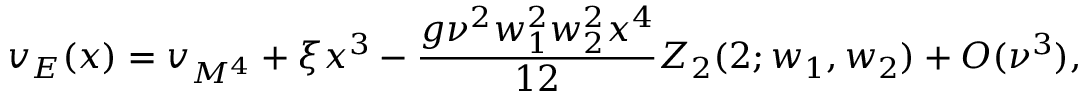
v _ { E } ( x ) = v _ { M ^ { 4 } } + \xi x ^ { 3 } - \frac { g \nu ^ { 2 } w _ { 1 } ^ { 2 } w _ { 2 } ^ { 2 } x ^ { 4 } } { 1 2 } Z _ { 2 } ( 2 ; w _ { 1 } , w _ { 2 } ) + { \cal O } ( \nu ^ { 3 } ) ,